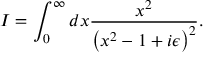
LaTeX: I = \int _ { 0 } ^ { \infty } d x { \frac { x ^ { 2 } } { \left( x ^ { 2 } - 1 + i \epsilon \right) ^ { 2 } } } .